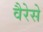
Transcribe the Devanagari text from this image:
वैरेसे